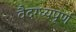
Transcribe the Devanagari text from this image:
वैदग्ध्यपूर्ण